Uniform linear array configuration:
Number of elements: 8
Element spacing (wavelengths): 1
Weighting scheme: kaiser
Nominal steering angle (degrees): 15
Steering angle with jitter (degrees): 16.175
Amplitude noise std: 0.05
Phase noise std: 0.05

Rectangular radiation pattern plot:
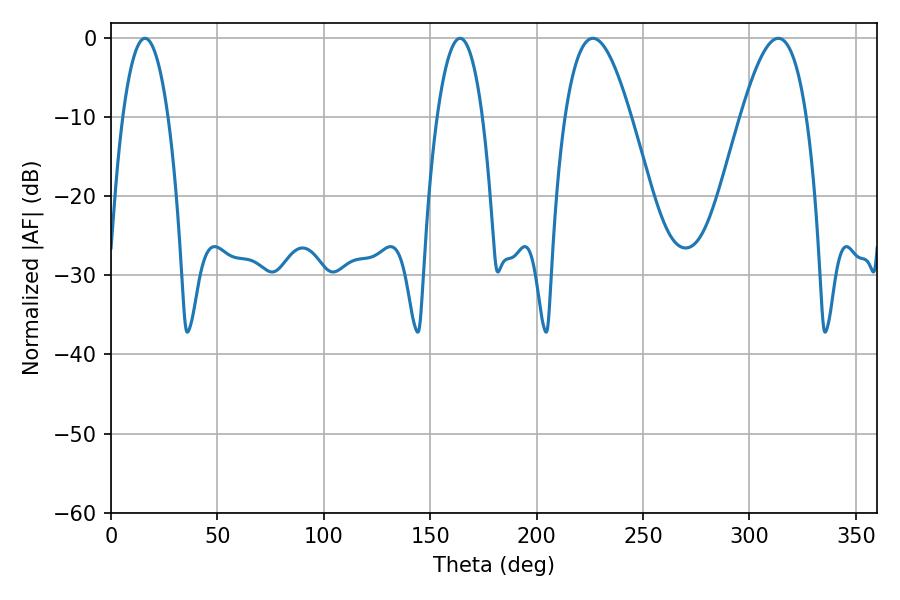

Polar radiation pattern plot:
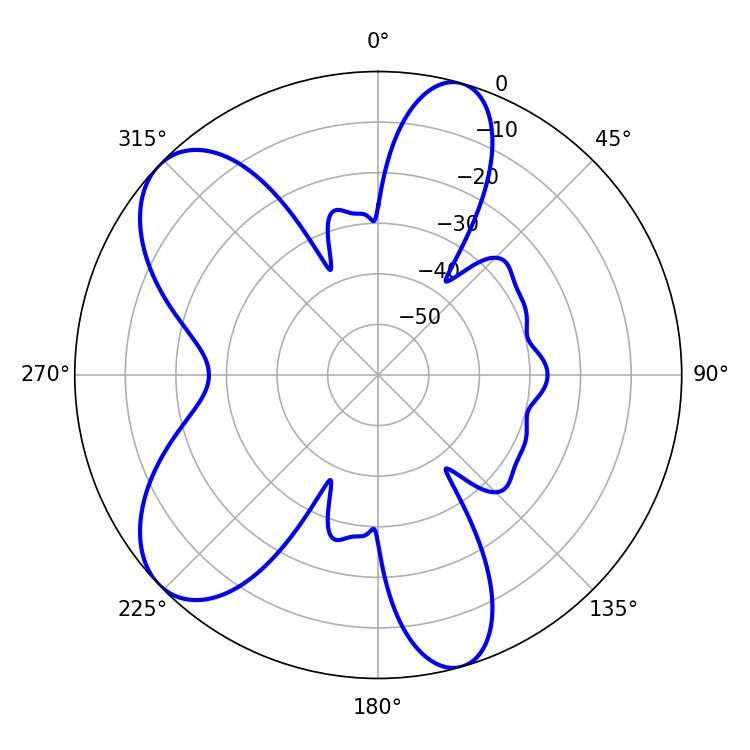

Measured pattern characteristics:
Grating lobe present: TRUE
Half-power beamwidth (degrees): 16.92
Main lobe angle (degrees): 226.44